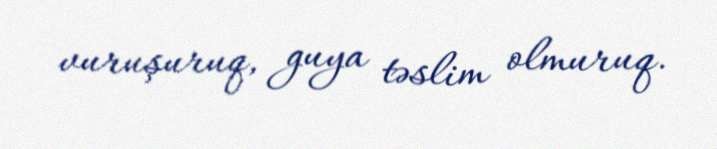
vuruşuruq, guya təslim olmuruq.